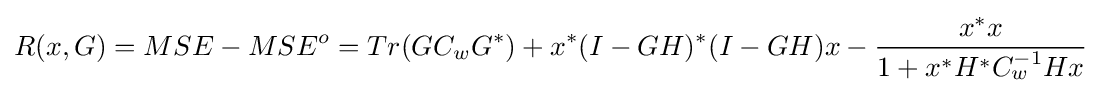
R(x,G)=MSE-MSE^{o}=Tr(GC_{w}G^{*})+x^{*}(I-GH)^{*}(I-GH)x-{\frac {x^{*}x}{1+x^{*}H^{*}C_{w}^{-1}Hx}}